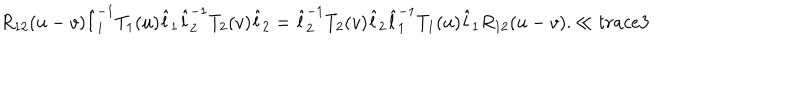
R _ { 1 2 } ( u - v ) \hat { l } _ { 1 } ^ { - 1 } T _ { 1 } ( u ) \hat { l } _ { 1 } \hat { l } _ { 2 } ^ { - 1 } T _ { 2 } ( v ) \hat { l } _ { 2 } = \hat { l } _ { 2 } ^ { - 1 } T _ { 2 } ( v ) \hat { l } _ { 2 } \hat { l } _ { 1 } ^ { - 1 } T _ { 1 } ( u ) \hat { l } _ { 1 } R _ { 1 2 } ( u - v ) . \ll { t r a c e 3 }